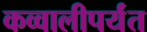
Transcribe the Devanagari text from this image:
कव्वालीपर्यंत